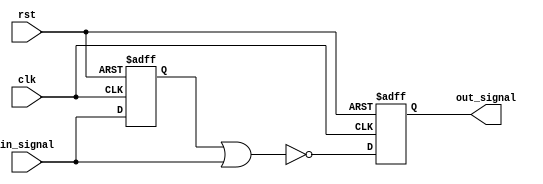
module timing_control_sync_block(
    input wire clk,
    input wire rst,
    input wire in_signal,
    output reg out_signal
);

reg delayed_signal;

always @(posedge clk or posedge rst) begin
    if (rst) begin
        delayed_signal <= 1'b0;
        out_signal <= 1'b0;
    end else begin
        delayed_signal <= in_signal;
        out_signal <= ~(delayed_signal | in_signal);
    end
end

endmodule